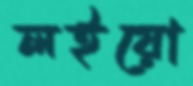
লইয়ো